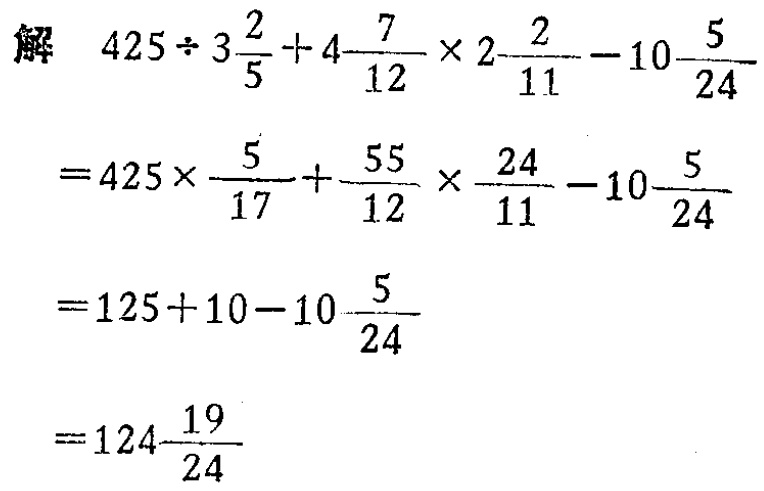
解 \(425\div 3\frac{2}{5}+4\frac{7}{12}\times 2\frac{2}{11}-10\frac{5}{24}\)

\(=425\times \frac{5}{17}+\frac{55}{12}\times \frac{24}{11}-10\frac{5}{24}\)

\(=125 + 10-10\frac{5}{24}\)

\(=124\frac{19}{24}\)